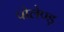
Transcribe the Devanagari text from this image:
पोलेण्ड़